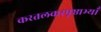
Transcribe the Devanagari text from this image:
करतलकरपृष्ठाभ्याँ